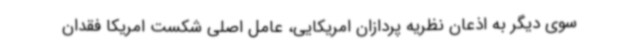
سوی دیگر به اذعان نظریه پردازان امریکایی، عامل اصلی شکست امریکا فقدان